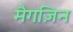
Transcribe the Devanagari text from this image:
मैगज़िन